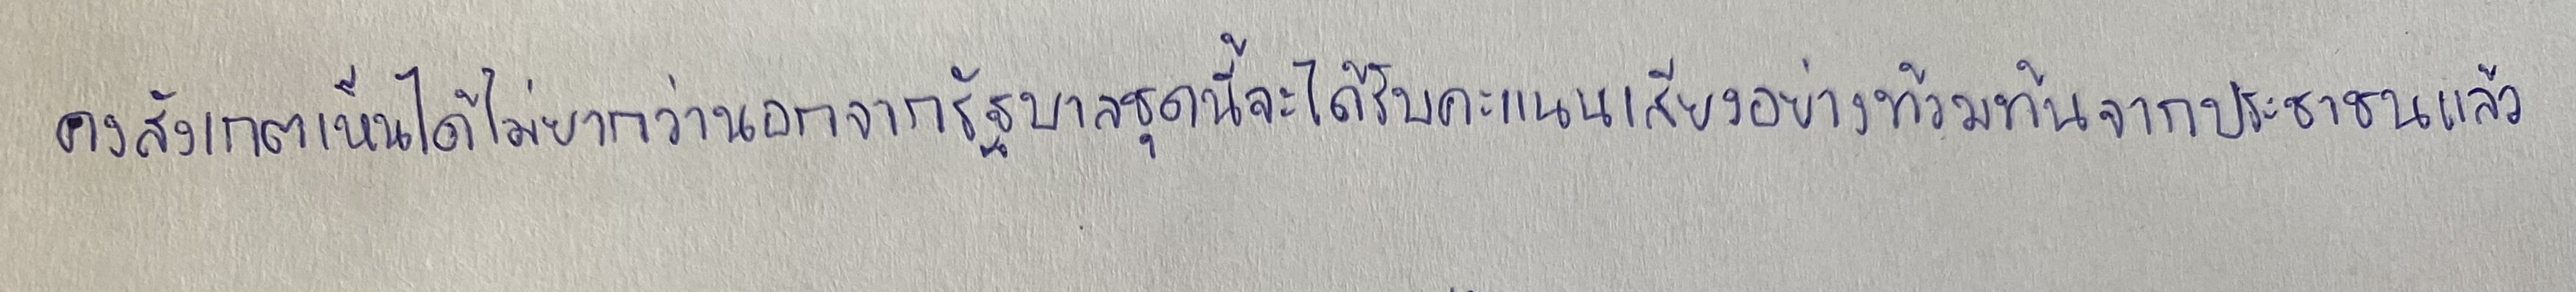
คงสังเกตเห็นได้ไม่ยากว่านอกจากรัฐบาลชุดนี้จะได้รับคะแนนเสียงอย่างท้วมท้นจากประชาชนแล้ว